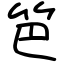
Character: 笆